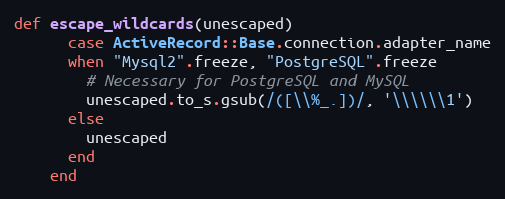
Language: Ruby
def escape_wildcards(unescaped)
      case ActiveRecord::Base.connection.adapter_name
      when "Mysql2".freeze, "PostgreSQL".freeze
        # Necessary for PostgreSQL and MySQL
        unescaped.to_s.gsub(/([\\%_.])/, '\\\\\\1')
      else
        unescaped
      end
    end